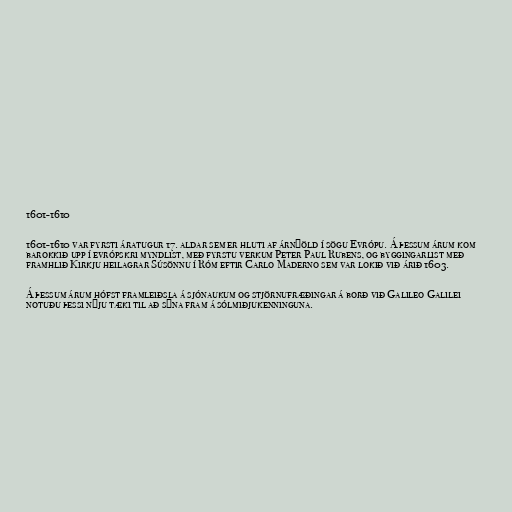
1601-1610

1601-1610 var fyrsti áratugur 17. aldar sem er hluti af árnýöld í sögu Evrópu. Á þessum árum kom
barokkið upp í evrópskri myndlist, með fyrstu verkum Peter Paul Rubens, og byggingarlist með
framhlið Kirkju heilagrar Súsönnu í Róm eftir Carlo Maderno sem var lokið við árið 1603.

Á þessum árum hófst framleiðsla á sjónaukum og stjörnufræðingar á borð við Galileo Galilei
notuðu þessi nýju tæki til að sýna fram á sólmiðjukenninguna.